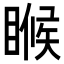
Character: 𬑟